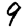
Digit: 9